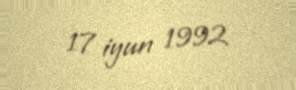
17 iyun 1992